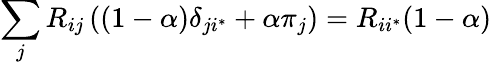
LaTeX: \sum_{j}R_{ij}\left(\left(1-\alpha\right)\delta_{ji^{*}}+\alpha\pi_{j}\right)=R_{ii^{*}}(1-\alpha)